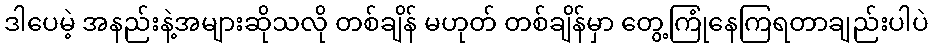
ဒါပေမဲ့ အနည်းနဲ့အများဆိုသလို တစ်ချိန် မဟုတ် တစ်ချိန်မှာ တွေ့ကြုံနေကြရတာချည်းပါပဲ